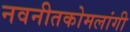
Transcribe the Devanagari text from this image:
नवनीतकोमलांगी